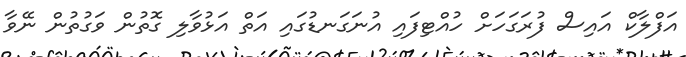
އަފްލާކް އައިސް ފުރަގަހަށް ހުއްޓިފައި އުނަގަނޑުގައި އަތް އަޅުވާލި ގޮތުން ވަގުތުން ނޭވާ